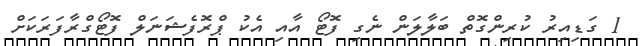
1 ގަޑިއިރު ކުރިންގޮތް ބަލާލަން ނެގި ފޮޓޯ އާއި އެކު ޕްރޮފެޝަނަލް ފޮޓޯގްރާފަރަކަށް